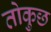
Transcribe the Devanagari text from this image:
तोकुछ